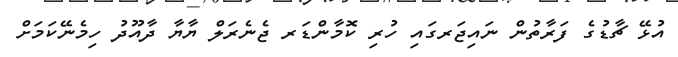
އުޅޭ ޗާޑުގެ ފަރާތުން ނައިޖަރގައި ހުރި ކޮމާންޑަރ ޖެނެރަލް ޔާޔާ ދާއޫދު ހިމެނޭކަމަށް